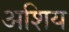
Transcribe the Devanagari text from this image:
अशिय